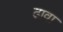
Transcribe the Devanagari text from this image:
ढावा